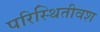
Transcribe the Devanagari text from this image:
परिस्थितीवश